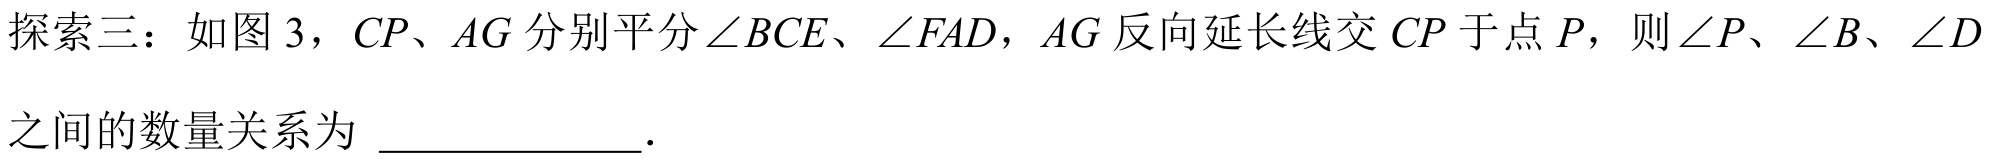
探索三：如图 3，\(CP\)、\(AG\) 分别平分\(\angle BCE\)、\(\angle FAD\)，\(AG\) 反向延长线交 \(CP\) 于点 \(P\)，则\(\angle P\)、\(\angle B\)、\(\angle D\)
之间的数量关系为 \_\_\_\_\_\_\_\_ .